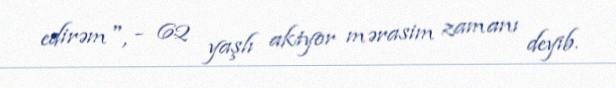
edirəm", - 62 yaşlı aktyor mərasim zamanı deyib.